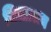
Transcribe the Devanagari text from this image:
चित्ताश्रय